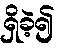
ရှိခဲ့၍